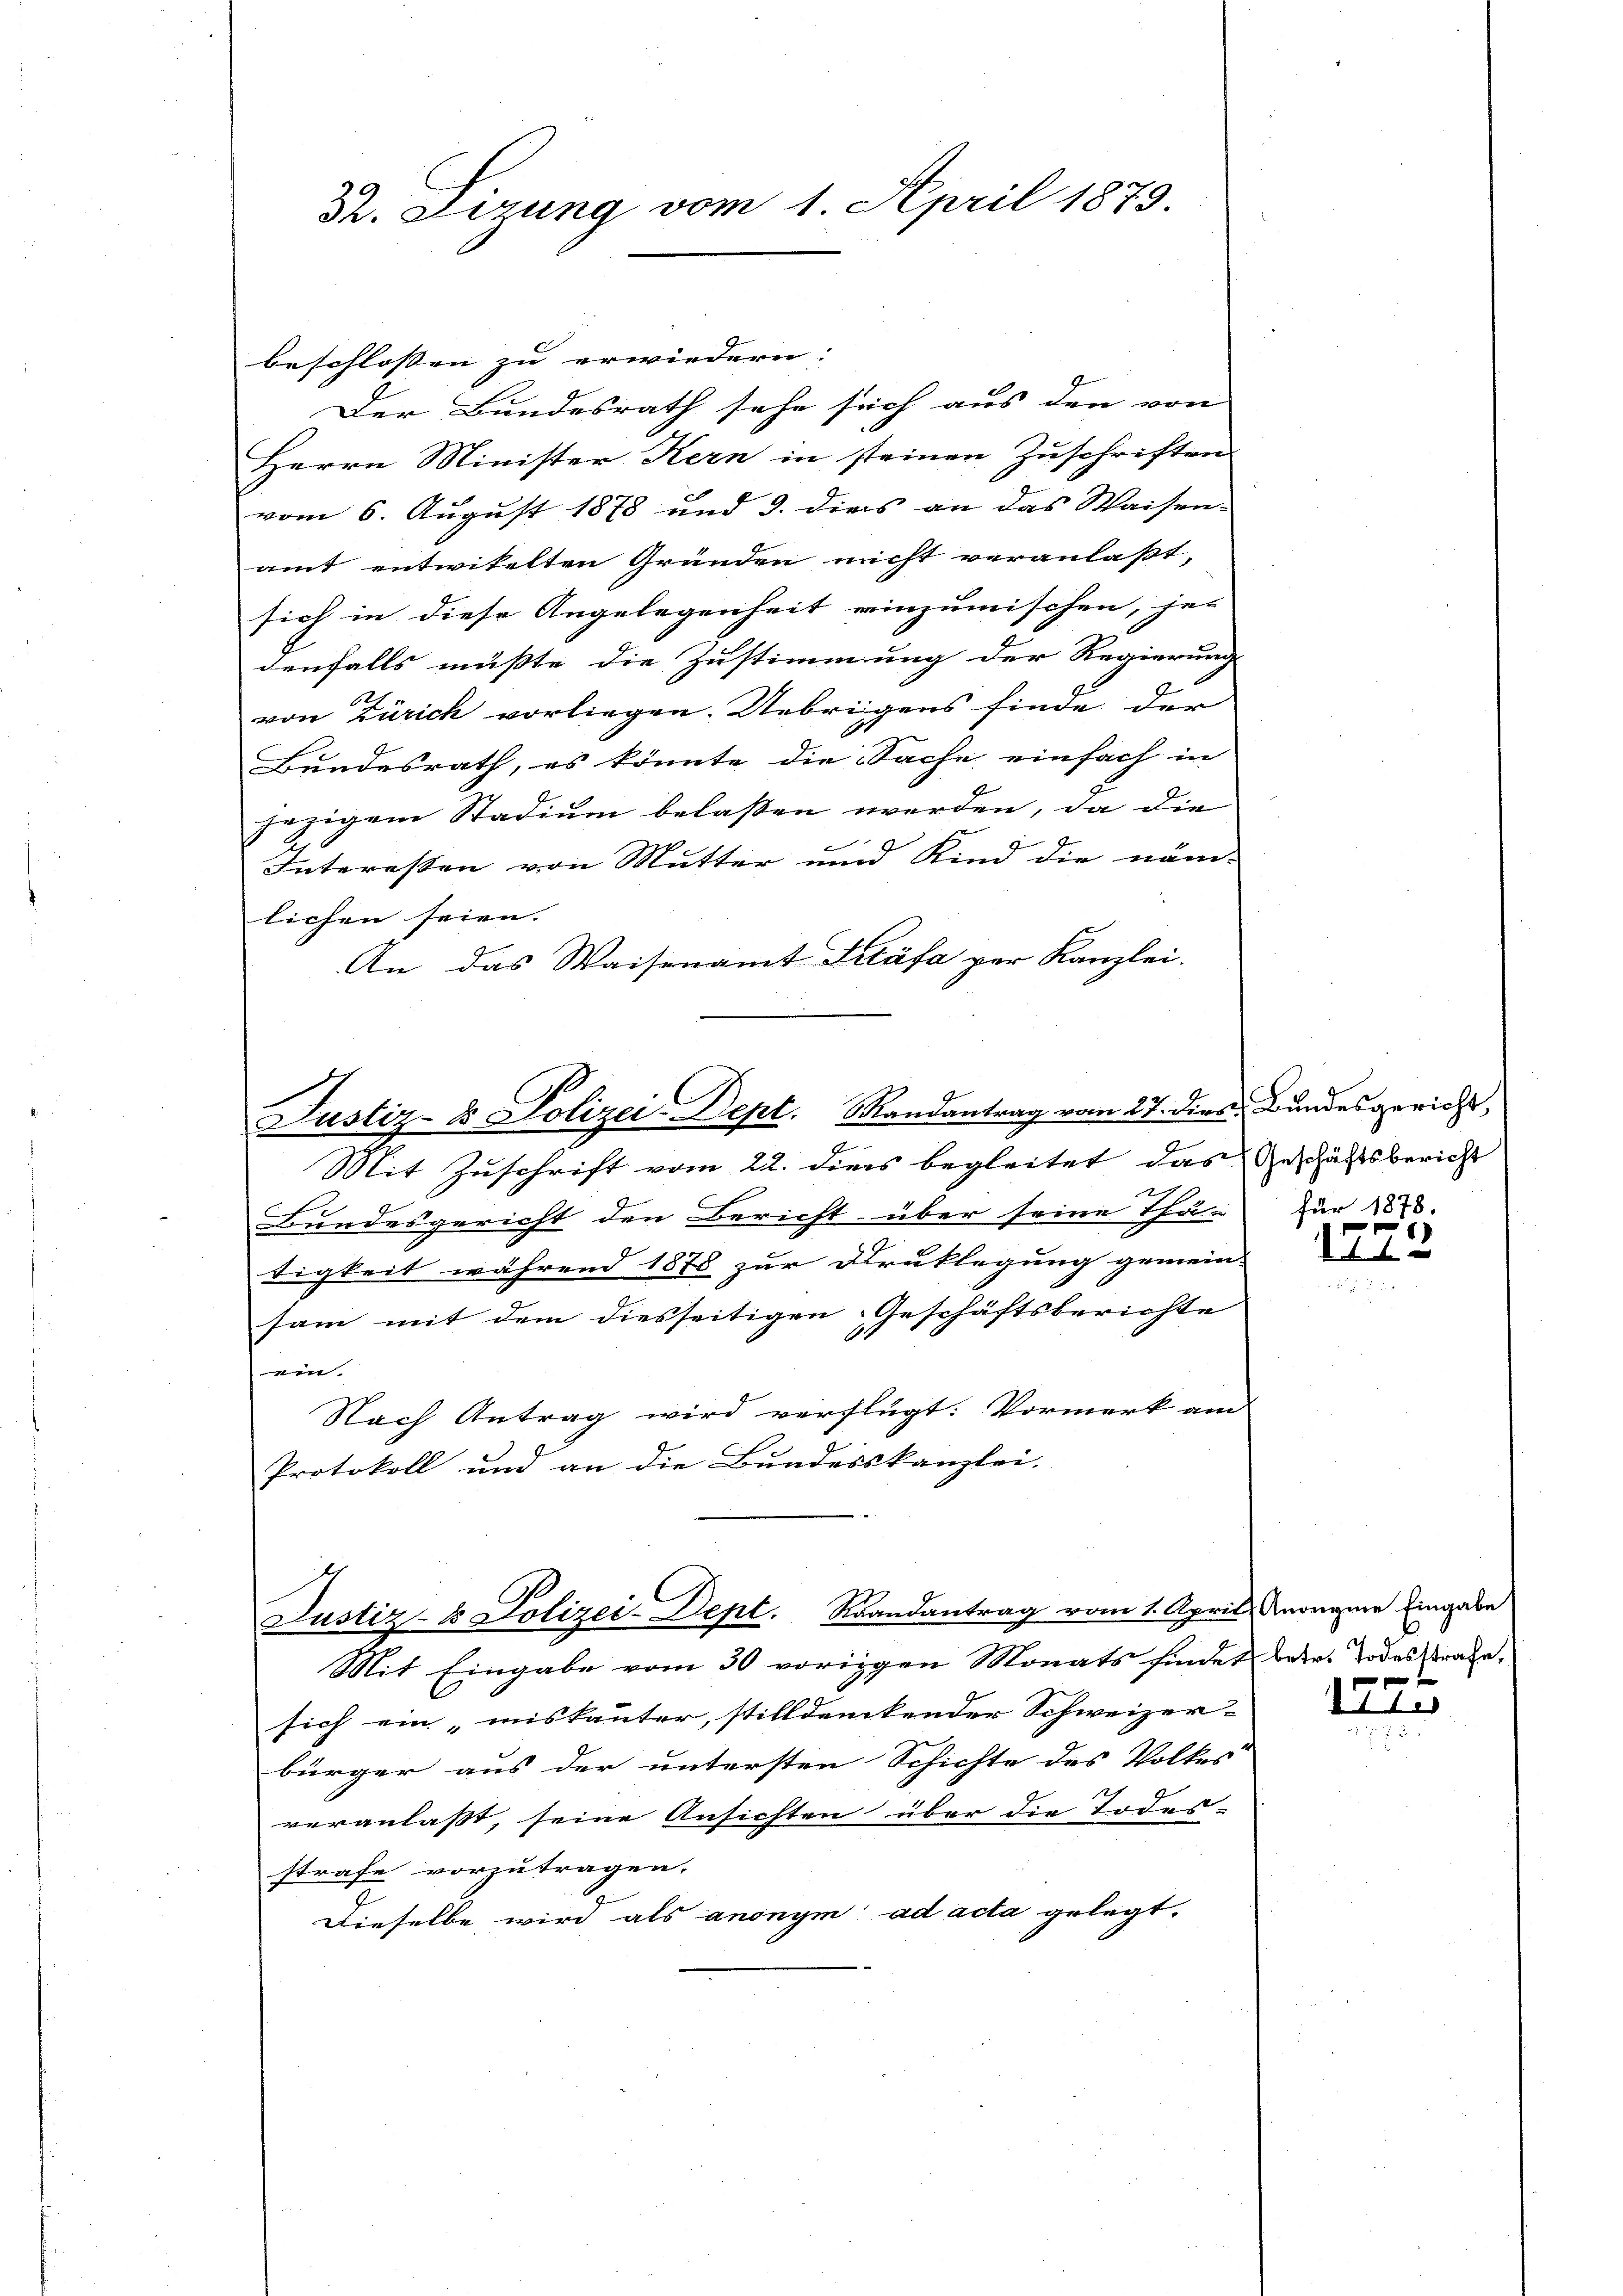
32. Lizung vom 1. April 1879.

beschlossen zu erwiedern.
Der Bundesrath sehe sich aus den von |
Herrn Minister Kern in steinen Zuschriften
vom 6. August 1878 und 3. dies an das Waisenamt entwikelten Gründen nicht veranlaßt,
sich in diese Angelegenheit einzumischen, je-
denfalls müßte die Zustimmung der Regierung
von Zürich vorliegen. Uebrigens finde der
Bundesrath, es könnte die Sache einfach in
jezigem Stadium belassen werden, da die
Interessen von Mutter und Kind die näm-
lichen seien. |
An das Waisenamt Stäfa per Kanzlei.

Justiz- & Polizei-Dept. Mandantrag vom 27. dies Bundesgericht,

Justiz- & Polizei-Dept. Raandantrag vom 1. April, Morgen Eingabe

J
Mit Zuschrift vom 22. dies begleitet das Geschäftsbericht
f
Bundesgericht den Bericht über seine Thä-
tigkeit während 1878 zur Druklegung gemein-
sam mit dem diesseitigen Geschäftsberichte
ein.
Nach Antrag wird verflügt: Vormerk am
Protokoll und an die Bundesskanzlei-

Mit Eingabe vom 30 vorigen Monats findet betr. Todesstrafe.
sich ein „miskauter, stilldentender Schweizer-
bürger aus der untersten Schichte des Volkes
veranlaßt, seine Ansichten über die Todes-
strafe vorzutragen.
Dieselbe, wird als anonym ad acta gelegt.

für 1878.

1472

111.